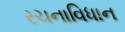
રચનાવિધાન